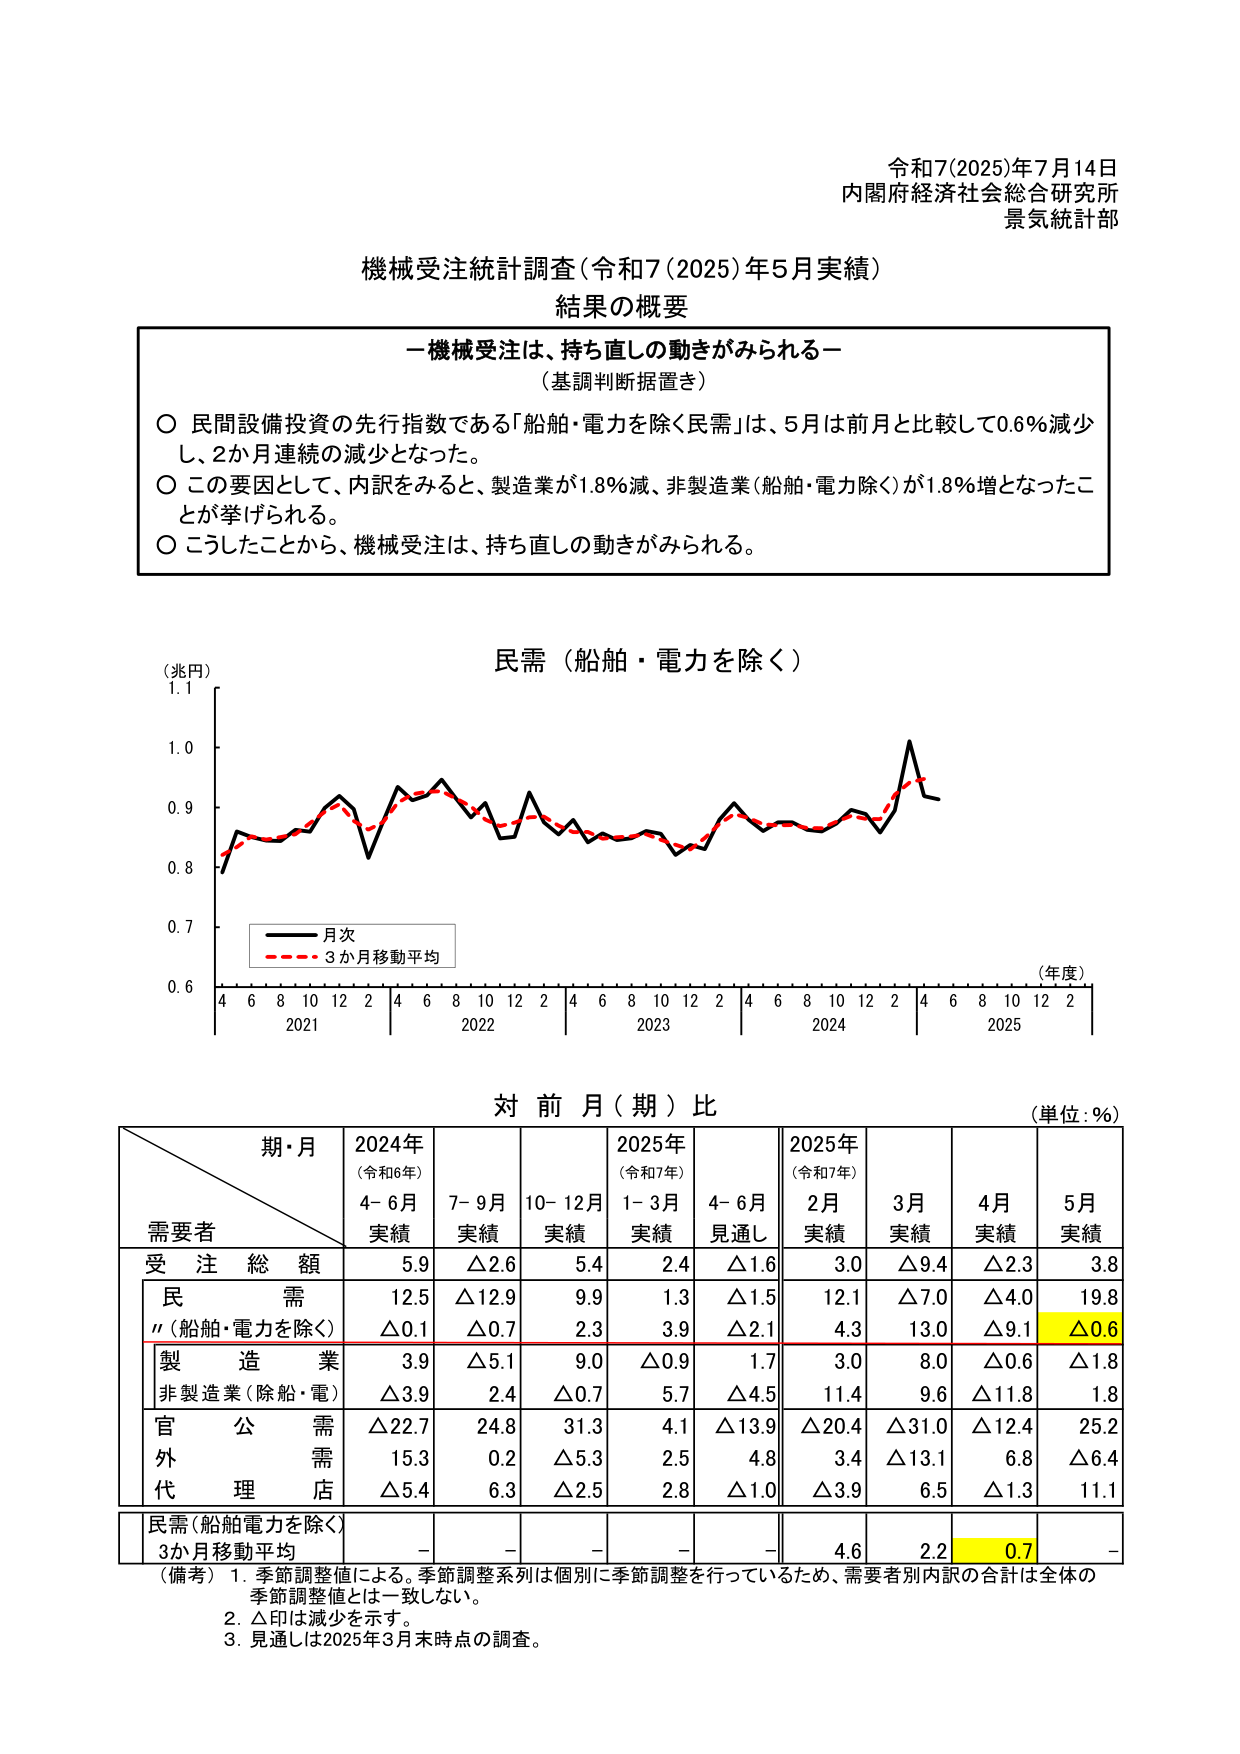
令和7(2025)年7月14日
内閣府経済社会総合研究所
景気統計部

機械受注統計調査（令和7(2025)年5月実績）
結果の概要

－機械受注は、持ち直しの動きがみられる－
（基調判断据置き）

○ 民間設備投資の先行指数である「船舶・電力を除く民需」は、5月は前月と比較して0.6％減少し、2か月連続の減少となった。
○ この要因として、内訳をみると、製造業が1.8％減、非製造業（船舶・電力除く）が1.8％増となったことが挙げられる。
○ こうしたことから、機械受注は、持ち直しの動きがみられる。

（兆円）
民需（船舶・電力を除く）
（年度）
0.6
0.7
0.8
0.9
1.0
1.1
4 6 8 10 12 2 4 6 8 10 12 2 4 6 8 10 12 2 4 6 8 10 12 2 4 6 8 10 12 2
2021 2022 2023 2024 2025
月次
3か月移動平均

対 前 月（期）比
（単位：％）

期・月
需要者
2024年
（令和6年）
4-6月
実績
7-9月
実績
10-12月
実績
2025年
（令和7年）
1-3月
実績
4-6月
見通し
2025年
（令和7年）
2月
実績
3月
実績
4月
実績
5月
実績

受 注 総 額
5.9
△2.6
5.4
2.4
△1.6
3.0
△9.4
△2.3
3.8

民 需
12.5
△12.9
9.9
1.3
△1.5
12.1
△7.0
△4.0
19.8
〃（船舶・電力を除く）
△0.1
△0.7
2.3
3.9
△2.1
4.3
13.0
△9.1
△0.6

製 造 業
3.9
△5.1
9.0
△0.9
1.7
3.0
8.0
△0.6
△1.8
非製造業（除船・電）
△3.9
2.4
△0.7
5.7
△4.5
11.4
9.6
△11.8
1.8

官 公 需
△22.7
24.8
31.3
4.1
△13.9
△20.4
△31.0
△12.4
25.2
外 需
15.3
0.2
△5.3
2.5
4.8
3.4
△13.1
6.8
△6.4
代 理 店
△5.4
6.3
△2.5
2.8
△1.0
△3.9
6.5
△1.3
11.1

民需（船舶電力を除く）
3か月移動平均
-
-
-
-
-
4.6
2.2
0.7
-

（備考）
1. 季節調整値による。季節調整系列は個別に季節調整を行っているため、需要者別内訳の合計は全体の季節調整値とは一致しない。
2. △印は減少を示す。
3. 見通しは2025年3月末時点の調査。